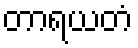
တာရယတံ